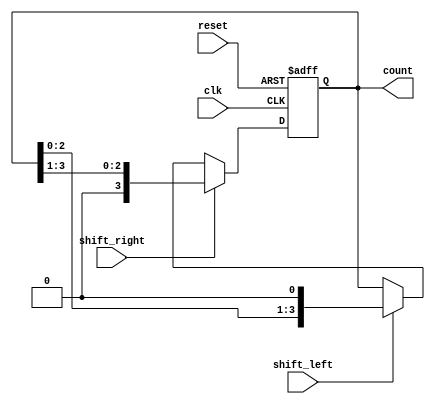
module async_shift_counter (
    input wire clk,          // Clock input
    input wire reset,        // Asynchronous reset input
    input wire shift_right,  // Control signal to shift right
    input wire shift_left,   // Control signal to shift left
    output reg [N-1:0] count // Output count
);
    parameter N = 4; // Number of bits in the shift register

    // Asynchronous reset
    always @(posedge clk or posedge reset) begin
        if (reset) begin
            count <= 0; // Reset the counter to 0
        end else begin
            if (shift_right) begin
                count <= {1'b0, count[N-1:1]}; // Shift right
            end else if (shift_left) begin
                count <= {count[N-2:0], 1'b0}; // Shift left
            end
        end
    end

endmodule